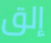
إلق